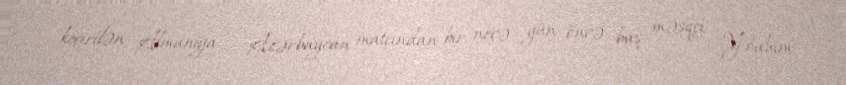
keçirilən Almaniya – Azərbaycan matçından bir neçə gün öncə baş məşqçi Yoahim